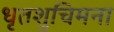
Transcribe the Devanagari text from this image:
धृतशुचिमना